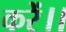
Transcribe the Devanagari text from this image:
करें।।